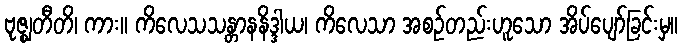
ဗုဇ္ဈတီတိ၊ ကား။ ကိလေသသန္တာနနိဒ္ဒါယ၊ ကိလေသာ အစဉ်တည်းဟူသော အိပ်ပျော်ခြင်းမှ။